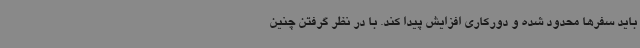
باید سفرها محدود شده و دورکاری افزایش پیدا کند. با در نظر گرفتن چنین